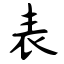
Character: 表